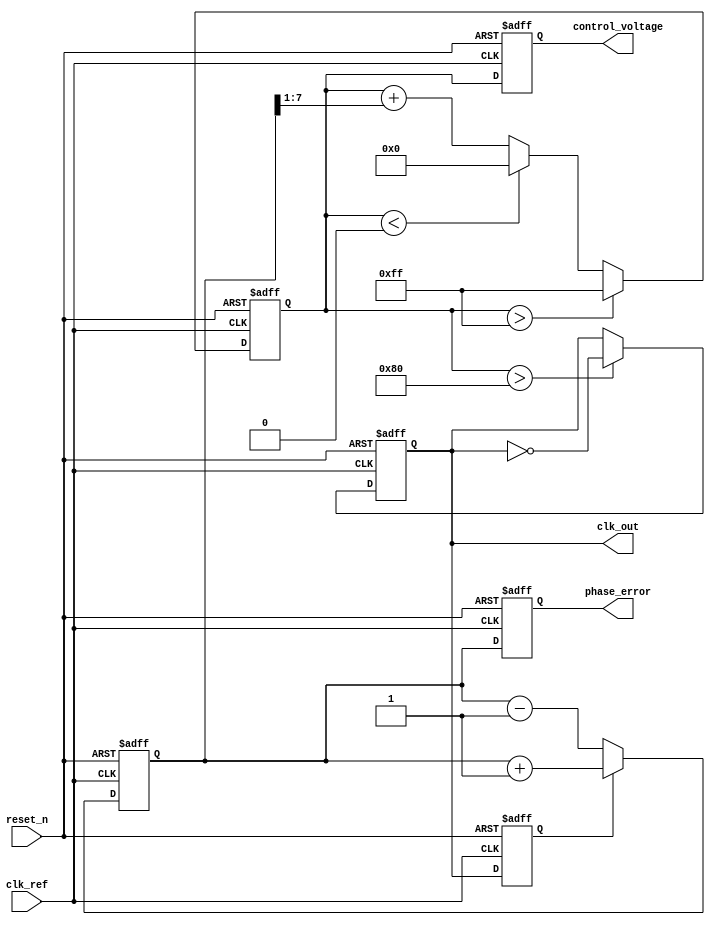
module Type1_PLL (
    input wire clk_ref,           // Reference clock input
    input wire reset_n,          // Active low reset
    output reg clk_out,          // Output clock
    output reg [7:0] phase_error, // Phase error signal (for debugging)
    output reg [7:0] control_voltage // Control voltage for VCO (for debugging)
);

parameter VCO_MAX_FREQ = 8'd255; // Max VCO frequency control value
parameter VCO_MIN_FREQ = 8'd0;    // Min VCO frequency control value

// Internal signals
reg vco_output;                 // VCO output signal
reg [7:0] control_voltage_reg;  // Control voltage register
reg [7:0] phase_error_reg;      // Phase error register

// Phase Detector (PD)
always @(posedge clk_ref or negedge reset_n) begin
    if (!reset_n) begin
        phase_error_reg <= 8'd0;
    end else begin
        // Compare phases of clk_ref and vco_output
        if (vco_output) begin
            phase_error_reg <= phase_error_reg + 8'd1; // Phase leading
        end else begin
            phase_error_reg <= phase_error_reg - 8'd1; // Phase lagging
        end
    end
end

// Loop Filter (LF) - Simple integrate and dump filter
always @(posedge clk_ref or negedge reset_n) begin
    if (!reset_n) begin
        control_voltage_reg <= 8'd128; // Centered around half of max for stability
    end else begin
        // Simple integration of phase error
        control_voltage_reg <= control_voltage_reg + (phase_error_reg >> 1); // Adjust control voltage
        // Clamp control voltage to VCO limits
        if (control_voltage_reg > VCO_MAX_FREQ)
            control_voltage_reg <= VCO_MAX_FREQ;
        else if (control_voltage_reg < VCO_MIN_FREQ)
            control_voltage_reg <= VCO_MIN_FREQ;
    end
end

// Voltage-Controlled Oscillator (VCO)
always @(posedge clk_ref or negedge reset_n) begin
    if (!reset_n) begin
        vco_output <= 1'b0; // Initial output
        clk_out <= 1'b0;
    end else begin
        // VCO behavior: frequency controlled by control_voltage_reg
        // Generate clock using control voltage to define a variable period
        if (control_voltage_reg > 128) begin
            clk_out <= ~clk_out;
        end
        vco_output <= clk_out; // Update VCO output
    end
end

// Outputs for debugging
always @(posedge clk_ref or negedge reset_n) begin
    if (!reset_n) begin
        phase_error <= 8'd0;
        control_voltage <= 8'd0;
    end else begin
        phase_error <= phase_error_reg;
        control_voltage <= control_voltage_reg;
    end
end

endmodule